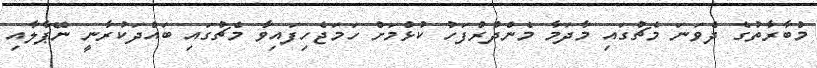
މުބާރާތުގެ ދެވަނަ މެޗުގައި މާދަމާ މެންދުރުފަހު ކުޅުމަށް ހަމަޖެހިފައިވާ މެޗުގައި ބައްދަކުރާނީ ނޭޕާލާއި